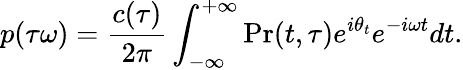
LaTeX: p(\tau\omega)=\frac{c(\tau)}{2\pi}\int_{-\infty}^{+\infty}\mathrm{Pr}(t,\tau)e^{i\theta_{t}}e^{-i\omega t}dt.